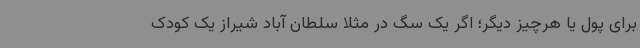
برای پول یا هرچیز دیگر؛ اگر یک سگ در مثلا سلطان آباد شیراز یک کودک